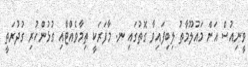
ވީނިއުސް އަށް މައުލޫމާތު ލިބިފައިވާ ގޮތުގައި ނ. މާފަރަކީ ތިމާވެއްޓާއި ގުޅުންހުރި ގުދުރަތީ